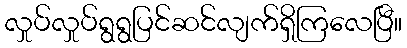
လှုပ်လှုပ်ရွရွပြင်ဆင်လျက်ရှိကြလေပြီ။